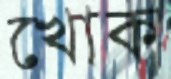
খোক